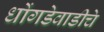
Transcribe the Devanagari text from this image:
धोंगडेवाडीचे